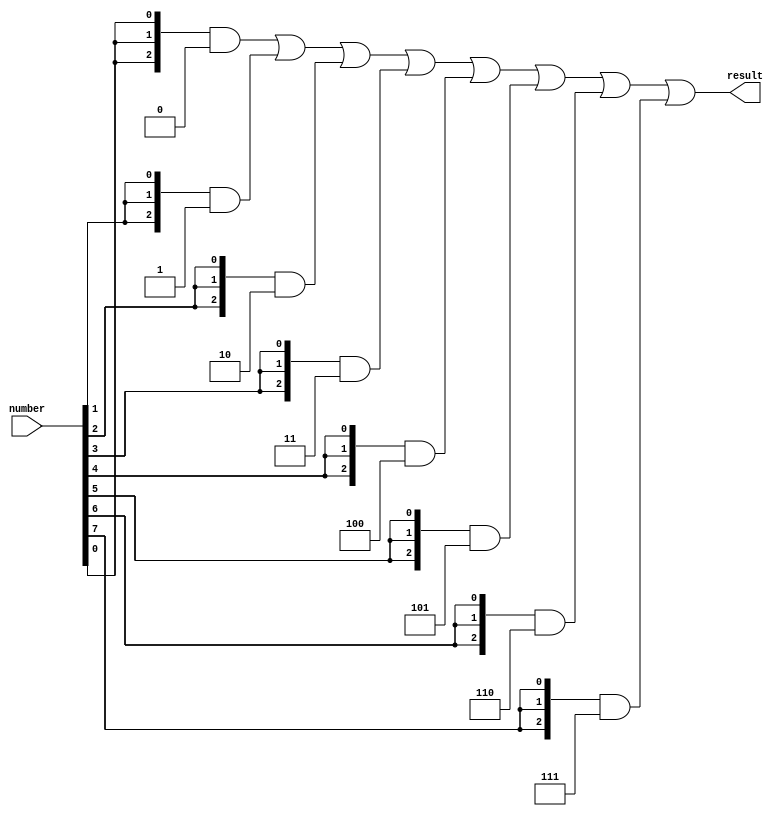
// Create a module "Logarithm based on base 2":
// a) an 8-bit number at the input, which is a power of a number 2: 1, 2, 4, ..., 128
// b) the output value of the logarithm of the input number

module logarithm(
    input wire [7:0] number,
    output wire [2:0] result
);
assign result = {3{number[0]}} & 3'd0 |
                {3{number[1]}} & 3'd1 |
                {3{number[2]}} & 3'd2 |
                {3{number[3]}} & 3'd3 |
                {3{number[4]}} & 3'd4 |
                {3{number[5]}} & 3'd5 |
                {3{number[6]}} & 3'd6 |
                {3{number[7]}} & 3'd7;
endmodule